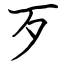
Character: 歹